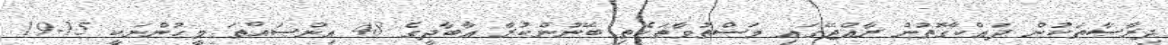
ދިރާސާތަކުން ދައްކާގޮތުން ރާއްޖޭގައި މަސްތުވާތަކެތި ބޭނުންކުރާ އާބާދީގެ 48 އިންސައްތަ މީހުންނަކީ 15-19